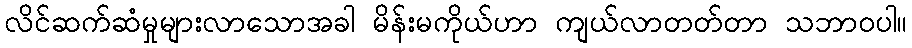
လိင်ဆက်ဆံမှုများလာသောအခါ မိန်းမကိုယ်ဟာ ကျယ်လာတတ်တာ သဘာဝပါ။